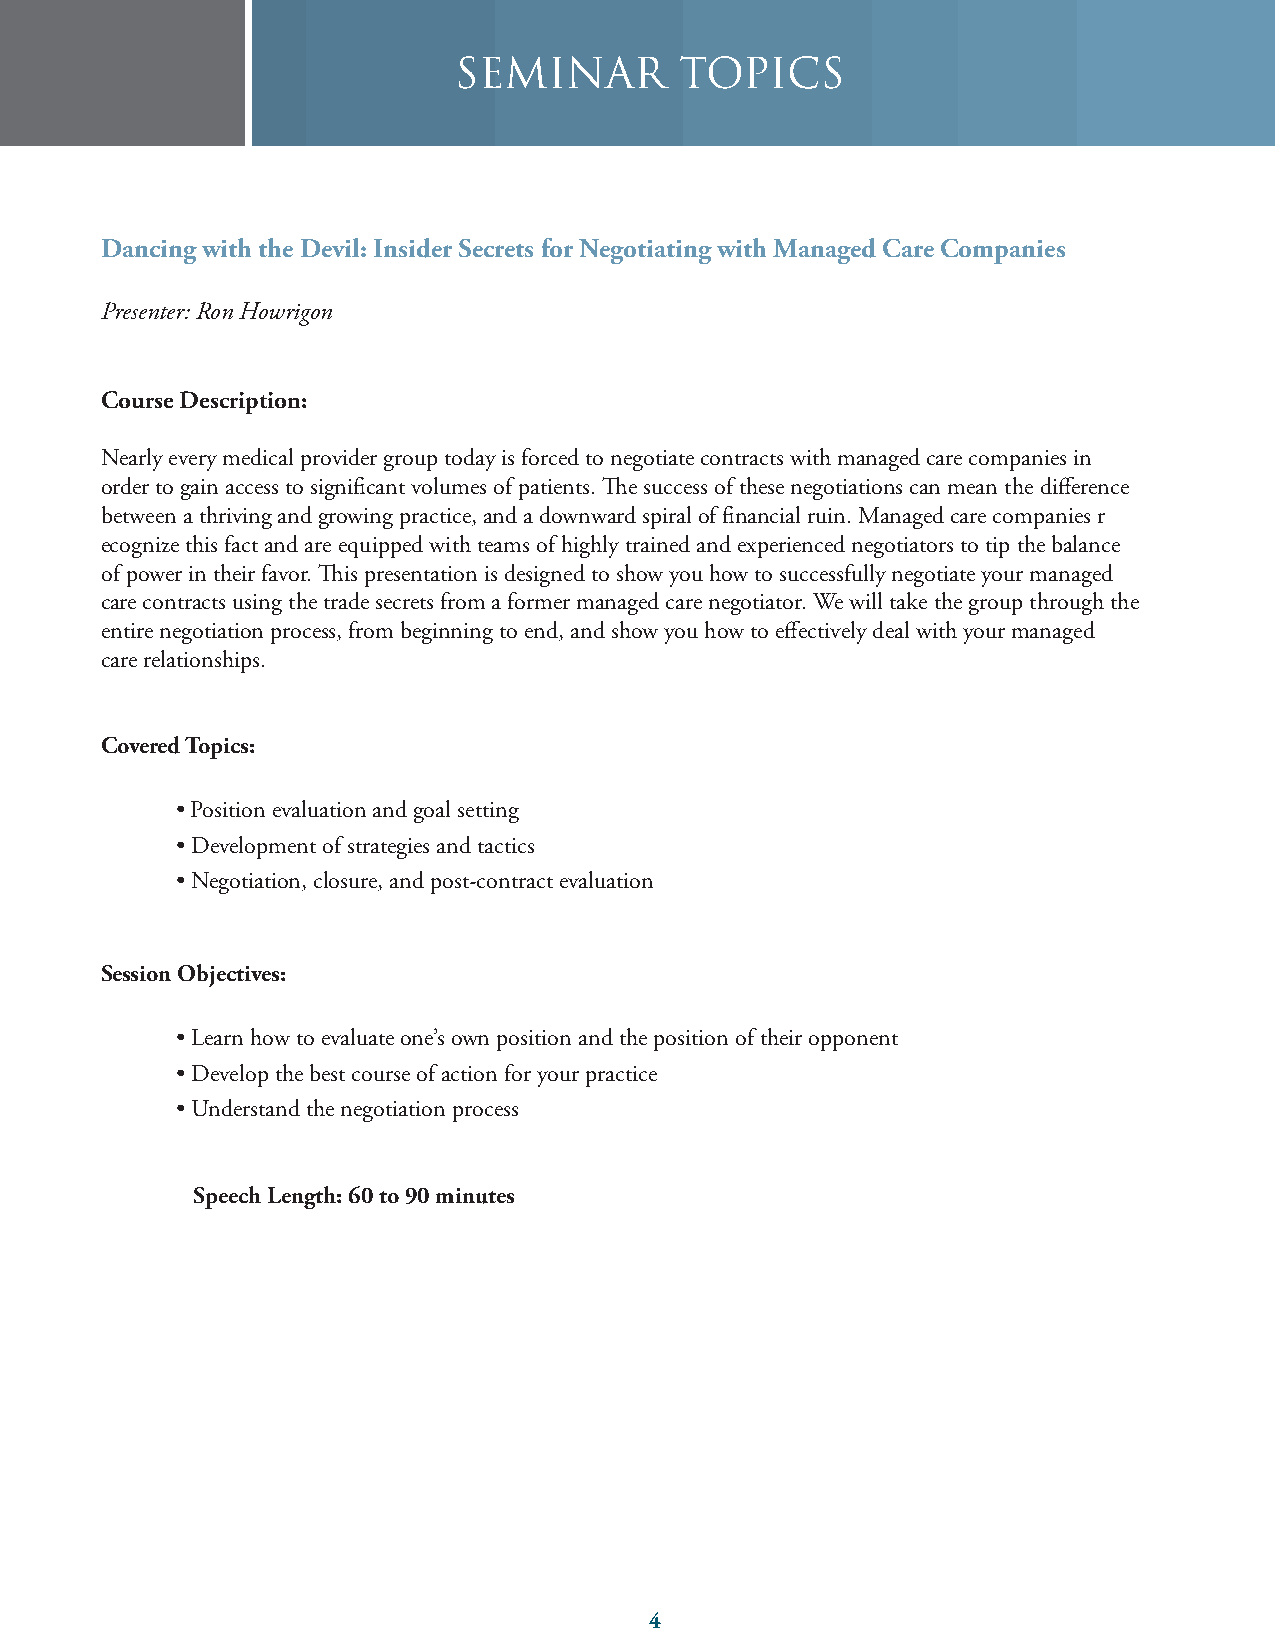
SEMINAR        TOPICS
 WDhya pnacyienrsg a wre iltohok tihnge aDt pehvyisli:c iIanns pidereforr mSeacnrcee tasn fdo wr hNate tghoeyt iaartei nlikge lwy itoth d oM waitnha tgheadt i nCfoarrme aCtioonm panies
 ReimPrebseunrtsere:m Roenn Ht Towreringodns in a Post Health Care Reform World
 Course Description:
 care reform world
 Payers have large amounts of claims data that they can use to evaluate physician performance and compare the cost of care
 Course Description:
 CouNrseea Drlye secvreirpyt imoned: ical provider group today is forced to negotiate contracts with managed care companies in
 and shortfalls, list the various ways in which payers will use this data, and suggest strategies that physicians can use to
 order to gain access to significant volumes of patients. The success of these negotiations can mean the difference
 combat this situation.
 between a thriving and growing practice, and a downward spiral of financial ruin. Managed care companies r
 for physicians. Who pays physicians, how they pay physicians, and what they pay physicians will fundamentally change over
 ecognize this fact and are equipped with teams of highly trained and experienced negotiators to tip the balance
 the course of the next few years. Concepts like Accountable Care Organizations, Tiered Networks, Episode of Care, and
 of power in their favor. This presentation is designed to show you how to successfully negotiate your managed
 Covered Topics:
 even Capitation are being implemented at a rapid pace. Medical practices need to fully understand how these reimburse-
 care contracts using the trade secrets from a former managed care negotiator. We will take the group through the
 entire negotiation process, from beginning to end, and show you how to effectively deal with your managed
 care relationships.
 concepts and show how physician groups can develop strategies to not only survive this wave of change, but succeed in
 • Problems and concerns with conclusions
 these turbulent times.
 Covered Topics:
 Covered Topics:
 • Position evaluation and goal setting
 Sessio•n O Ovebrjveicetwiv oesf :A ccountable Care Organizations, Tiered Networks, Pay for Performance, Capitation and an
 • Development of strategies and tactics
 explanation of how they all work
 • Negotiation, closure, and post‐contract evaluation
 • Risks and rewards under these new payment models
 • H•o Two tehdeu gcoatvee rpnamrteicnipt aanntds ionns utrhaen pceo scsoibmlep iamnipeas catrse o gfo tihnigs oton uysoeu trh persea cctoicnecepts against physicians
 Sess•i oHno Owb tjoe cdteivveelso: p effective strategies to combat these changes
 Sessi on Obj•e cLtievaersn: how to evaluate one’s own position and the position of their opponent
 Speech Length: 60 to 90 minutes
 • Develop the best course of action for your practice
 • To understand each new payment model and how they work
 • Understand the negotiation process
 • To understand how these payment models will affect independent physician groups
 • To explore strategies to work under these new models and be successful
 Speech Length: 60 to 90 minutes
 Speech Length: 60 to 90 minutes
 4